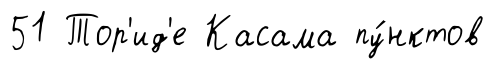
51 Тор'ид'е Касама пу́нктов